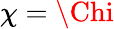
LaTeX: \chi=\Chi